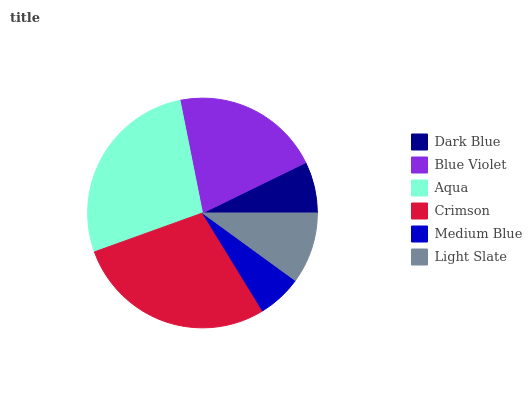
| Dark Blue | Blue Violet | Aqua | Crimson | Medium Blue | Light Slate |
 | --- | --- | --- | --- | --- | --- |
 | 7.22% | 20.8% | 27.4% | 28.3% | 6.22% | 10% |